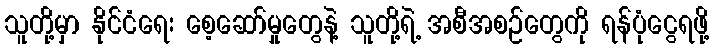
သူတို့မှာ နိုင်ငံရေး စေ့ဆော်မှုတွေနဲ့ သူတို့ရဲ့ အစီအစဉ်တွေကို ရန်ပုံငွေရဖို့